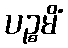
ပဉ္စမိံ